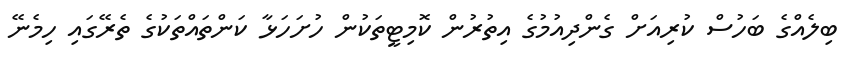
ބިލެއްގެ ބަހުސް ކުރިއަށް ގެންދިއުމުގެ އިތުރުން ކޮމިޓީތަކުން ހުށަހަޅާ ކަންތައްތަކުގެ ތެރޭގައި ހިމެނޭ